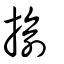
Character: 𢋅